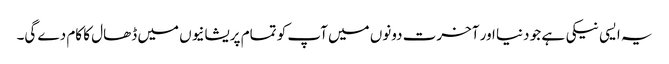
یہ ایسی نیکی ہے جو دنیا اور آخرت دونوں میں آپ کو تمام پریشانیوں میں ڈھال کا کام دے گی۔